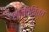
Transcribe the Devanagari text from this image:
शान्तचित्त